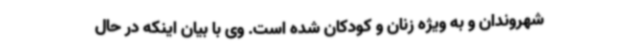
شهروندان و به ویژه زنان و کودکان شده است. وی با بیان اینکه در حال